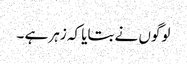
لوگوں نے بتایا کہ زہر ہے ۔